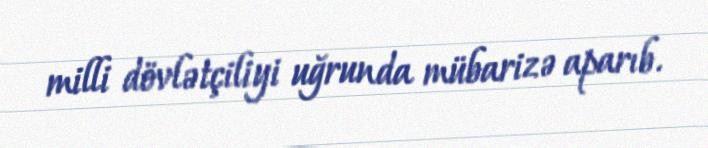
milli dövlətçiliyi uğrunda mübarizə aparıb.